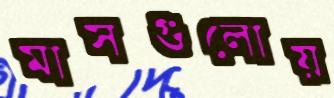
মাসগুলোয়